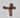
Text: +